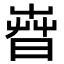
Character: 𣈤